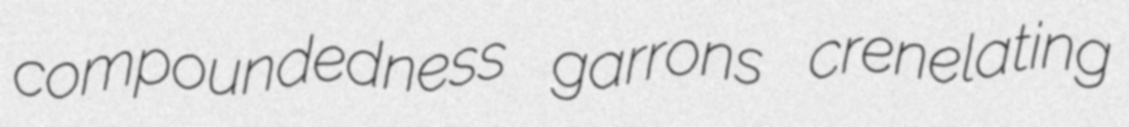
compoundedness garrons crenelating